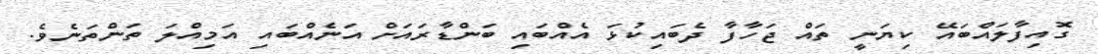
ގޮއިފާލައްބައޭ ކިޔަނީ ތައް ޖަހާފާ ދެބައިކުޅަ އެއްބައި ބަންޑާރައަށް އަނެއްބައި އަމިއްލަ ތަންތަނެވެ.